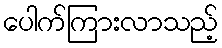
ပေါက်ကြားလာသည့်